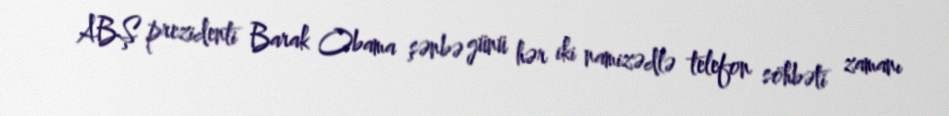
ABŞ prezidenti Barak Obama şənbə günü hər iki namizədlə telefon söhbəti zamanı